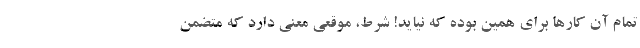
تمام آن کارها برای همین بوده که نیاید! شرط، موقعی معنی دارد که متضمن